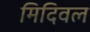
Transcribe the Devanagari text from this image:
मिदिवल